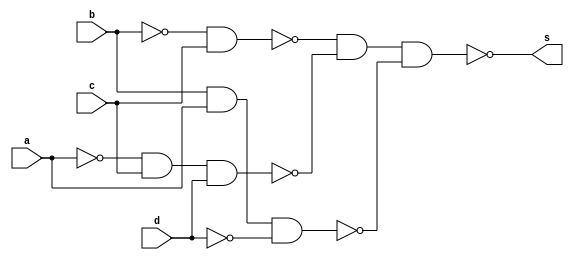
// ---------------------
// Guia08_04
// Nome: Luiz Felipe Fonseca
// ---------------------

// ---------------------
// -- module
// ---------------------

 module circuito (s, a, b, c, d);
 output s;
 input  a, b, c, d;
 wire w0, w1, w2, w3, w4, w5;
 
 nand NAND1 (w0, b, b);
 nand NAND2 (w1, a, a);
 nand NAND3 (w2, d, d);
 nand NAND4 (w3, w0, c);
 nand NAND5 (w4, w1, c, d);
 nand NAND6 (w5, b, a, w2);
 nand NAND7 (s, w3, w4, w5);
   
 endmodule // circuito 

// ----------------------
// -- Exercicio0804
// ----------------------

 module Exercicio0804;
 reg   a, b, c, d;
 wire  s;
          // instancia
 circuito circuito04 (s, a, b, c,d);
 
          // parte principal
 initial begin
      $display("Exercicio0804");
      $display("Luiz Felipe Fonseca - 405817");
      $display("\na  b  c  d  =  s\n");
      $monitor("%b  %b  %b  %b  =  %b", a, b, c, d, s );   
	   a=0;b=0;c=0;d=0;
   #1 a=0;b=0;c=0;d=1;
   #1 a=0;b=0;c=1;d=0;
   #1 a=0;b=0;c=1;d=1;
   #1 a=0;b=1;c=0;d=0;
   #1 a=0;b=1;c=0;d=1;
   #1 a=0;b=1;c=1;d=0;
   #1 a=0;b=1;c=1;d=1;
   #1 a=1;b=0;c=0;d=0;
   #1 a=1;b=0;c=0;d=1;
   #1 a=1;b=0;c=1;d=0;
   #1 a=1;b=0;c=1;d=1;
   #1 a=1;b=1;c=0;d=0;
   #1 a=1;b=1;c=0;d=1;
   #1 a=1;b=1;c=1;d=0;
   #1 a=1;b=1;c=1;d=1;
     

 end

endmodule // Exercicio0804